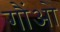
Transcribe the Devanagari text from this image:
गौंओ